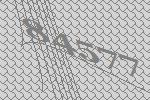
84577